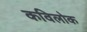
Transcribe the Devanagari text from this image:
कविलोक